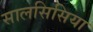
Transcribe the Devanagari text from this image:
सालसिसिया